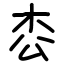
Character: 枩